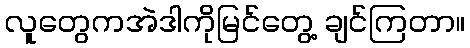
လူတွေကအဲဒါကိုမြင်တွေ့ ချင်ကြတာ။